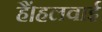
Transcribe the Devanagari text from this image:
हैं।हलवाई